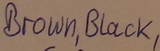
Text: Brown,Black,